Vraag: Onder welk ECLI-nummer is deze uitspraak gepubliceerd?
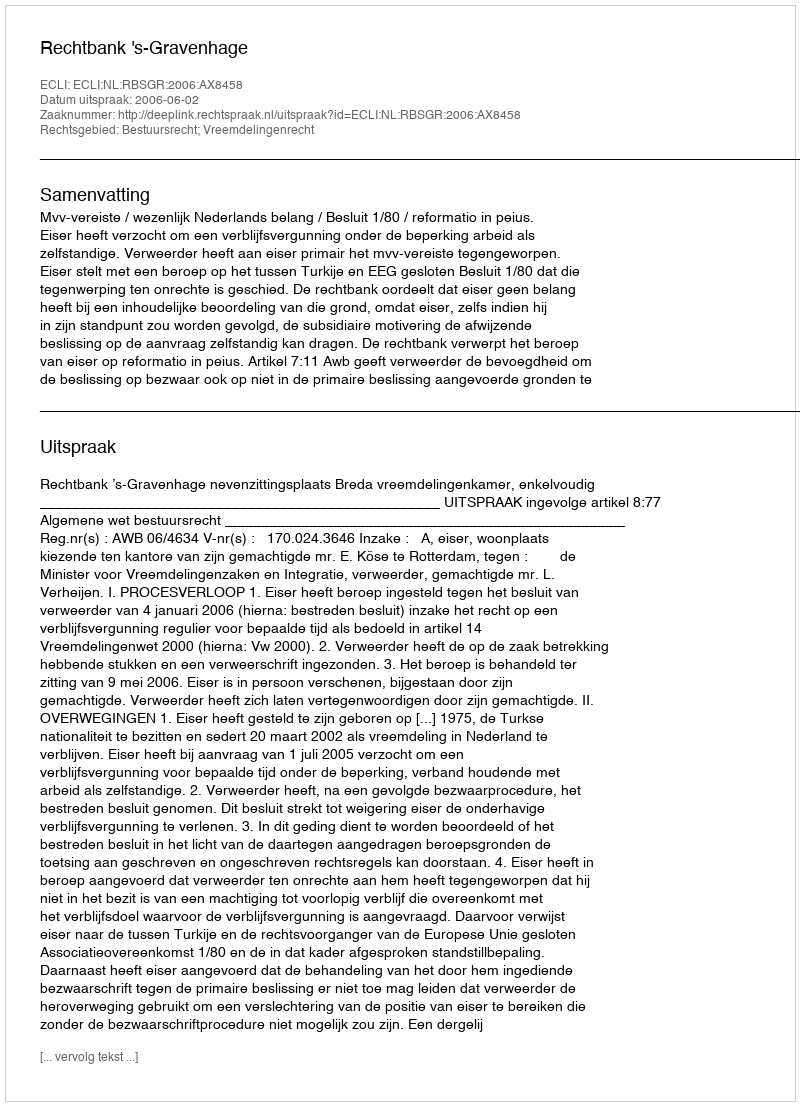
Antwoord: ECLI:NL:RBSGR:2006:AX8458